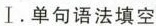
I.单句语法填空